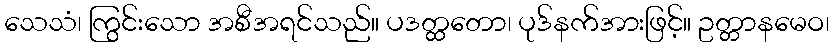
သေသံ၊ ကြွင်းသော အစီအရင်သည်။ ပဒတ္ထတော၊ ပုဒ်နက်အားဖြင့်။ ဥတ္တာနမေဝ၊